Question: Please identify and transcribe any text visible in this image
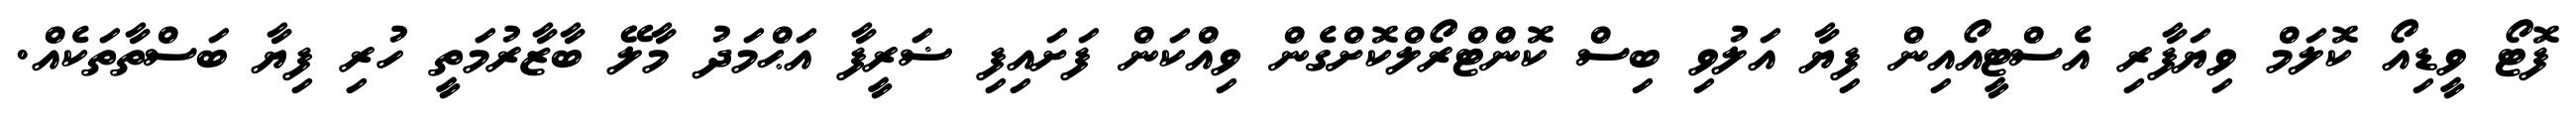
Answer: ފޮޓޯ ވީޑިއޯ ކޮލަމް ވިޔަފާރި އެސްޓީއޯއިން ފިޔާ އަލުވި ބިސް ކޮންޓްރޯލްކޮށްގެން ވިއްކަން ފަށައިފި ޟަރީފާ އަޙްމަދު މާލޭ ބާޒާރުމަތީ ހުރި ފިޔާ ބަސްތާތަކެއް.